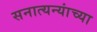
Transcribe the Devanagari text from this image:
सनात्यन्यांच्या